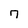
Character: 7